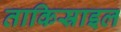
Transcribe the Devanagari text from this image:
ताकिस्राइल